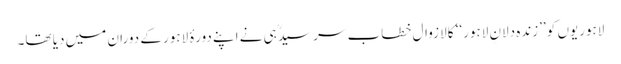
لاہوریوں کو ’’زندہ دلانِ لاہور‘‘ کا لازوال خطاب سرسیدؒ ہی نے اپنے دورۂ لاہور کے دوران میں دیا تھا۔